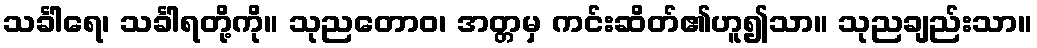
သင်္ခါရေ၊ သင်္ခါရတို့ကို။ သုညတောဝ၊ အတ္တမှ ကင်းဆိတ်၏ဟူ၍သာ။ သုညချည်းသာ။